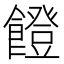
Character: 𩞬